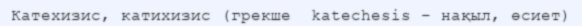
Катехизис, катихизис (грекше  katechesіs – нақыл, өсиет)